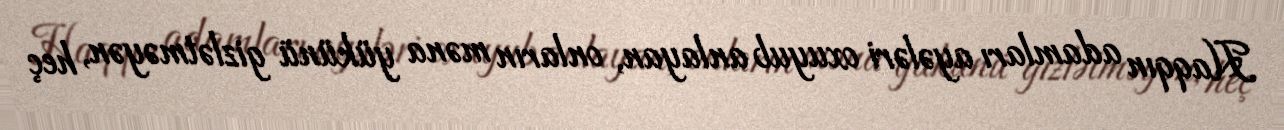
Haqqın adamları ayələri oxuyub anlayan, onların məna yükünü gizlətməyən, heç